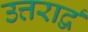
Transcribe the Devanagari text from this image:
उत्तरार्द्व